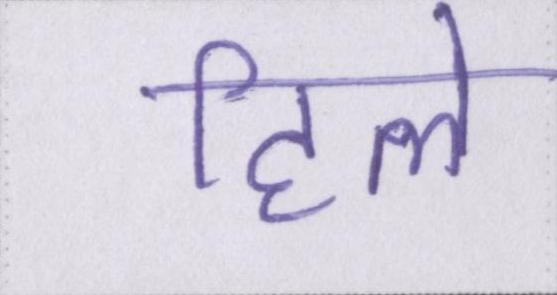
हिले